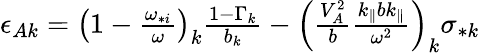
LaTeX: \begin{array}{r}{\epsilon_{Ak}=\left(1-\frac{\omega_{*i}}{\omega}\right)_{k}\frac{1-\Gamma_{k}}{b_{k}}-\left(\frac{V_{A}^{2}}{b}\frac{k_{\parallel}bk_{\parallel}}{\omega^{2}}\right)_{k}\sigma_{*k}}\end{array}